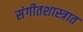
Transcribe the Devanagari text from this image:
संगीतशास्त्रात